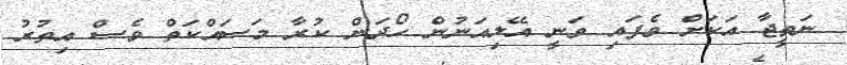
ނަތީޖާ އަކަށް ވެފައި ވަނީ އޭލިއަނުން ހޯދަން ކުރާ މަސައްކަތް ވެސް އިތުރު